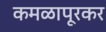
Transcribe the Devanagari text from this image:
कमळापूरकर